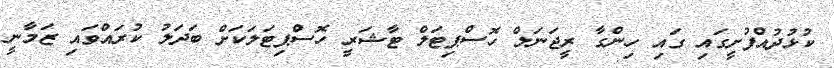
ކުޅުދުއްފުށީގައި ގައި ހިންގާ ރީޖަނަލް ހޮސްޕިޓަލް ޓާޝަރީ ހޮސްޕިޓަލަކަށް ބަދަލު ކުރައްވައި ޒަމާނީ